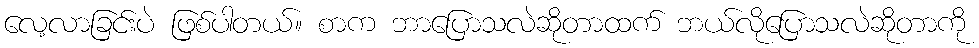
လေ့လာခြင်းပဲ ဖြစ်ပါတယ်။ စာက ဘာပြောသလဲဆိုတာထက် ဘယ်လိုပြောသလဲဆိုတာကို